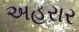
અહરાર